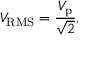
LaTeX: V _ { \mathrm { R M S } } = { \frac { V _ { \mathrm { p } } } { \sqrt { 2 } } } ,